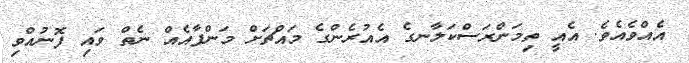
އެއްވެއެވެ. އެއީ ތިމަންރަސްކަލާނގެ އެއުރެންގެ މައްޗަށް މަންފާއެއް ނެތް ވައި ފޮނުއްވި